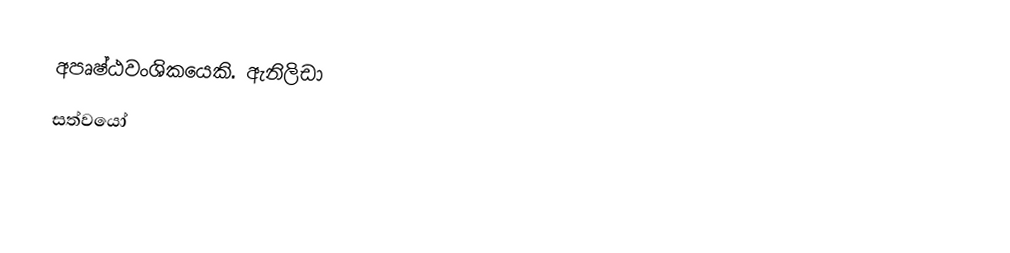
අපෘෂ්ඨවංශිකයෙකි. ඇනිලිඩා
සත්වයෝ